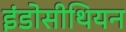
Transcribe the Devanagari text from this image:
इंडोसीथियन